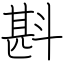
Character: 斟